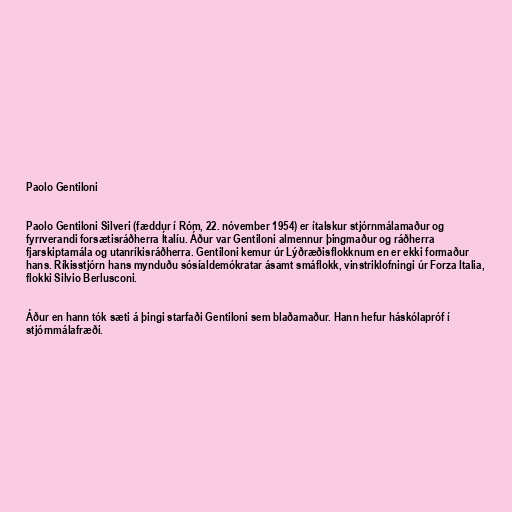
Paolo Gentiloni

Paolo Gentiloni Silveri (fæddur í Róm, 22. nóvember 1954) er ítalskur stjórnmálamaður og
fyrrverandi forsætisráðherra Ítalíu. Áður var Gentiloni almennur þingmaður og ráðherra
fjarskiptamála og utanríkisráðherra. Gentiloni kemur úr Lýðræðisflokknum en er ekki formaður
hans. Ríkisstjórn hans mynduðu sósíaldemókratar ásamt smáflokk, vinstriklofningi úr Forza Italia,
flokki Silvio Berlusconi.

Áður en hann tók sæti á þingi starfaði Gentiloni sem blaðamaður. Hann hefur háskólapróf í
stjórnmálafræði.